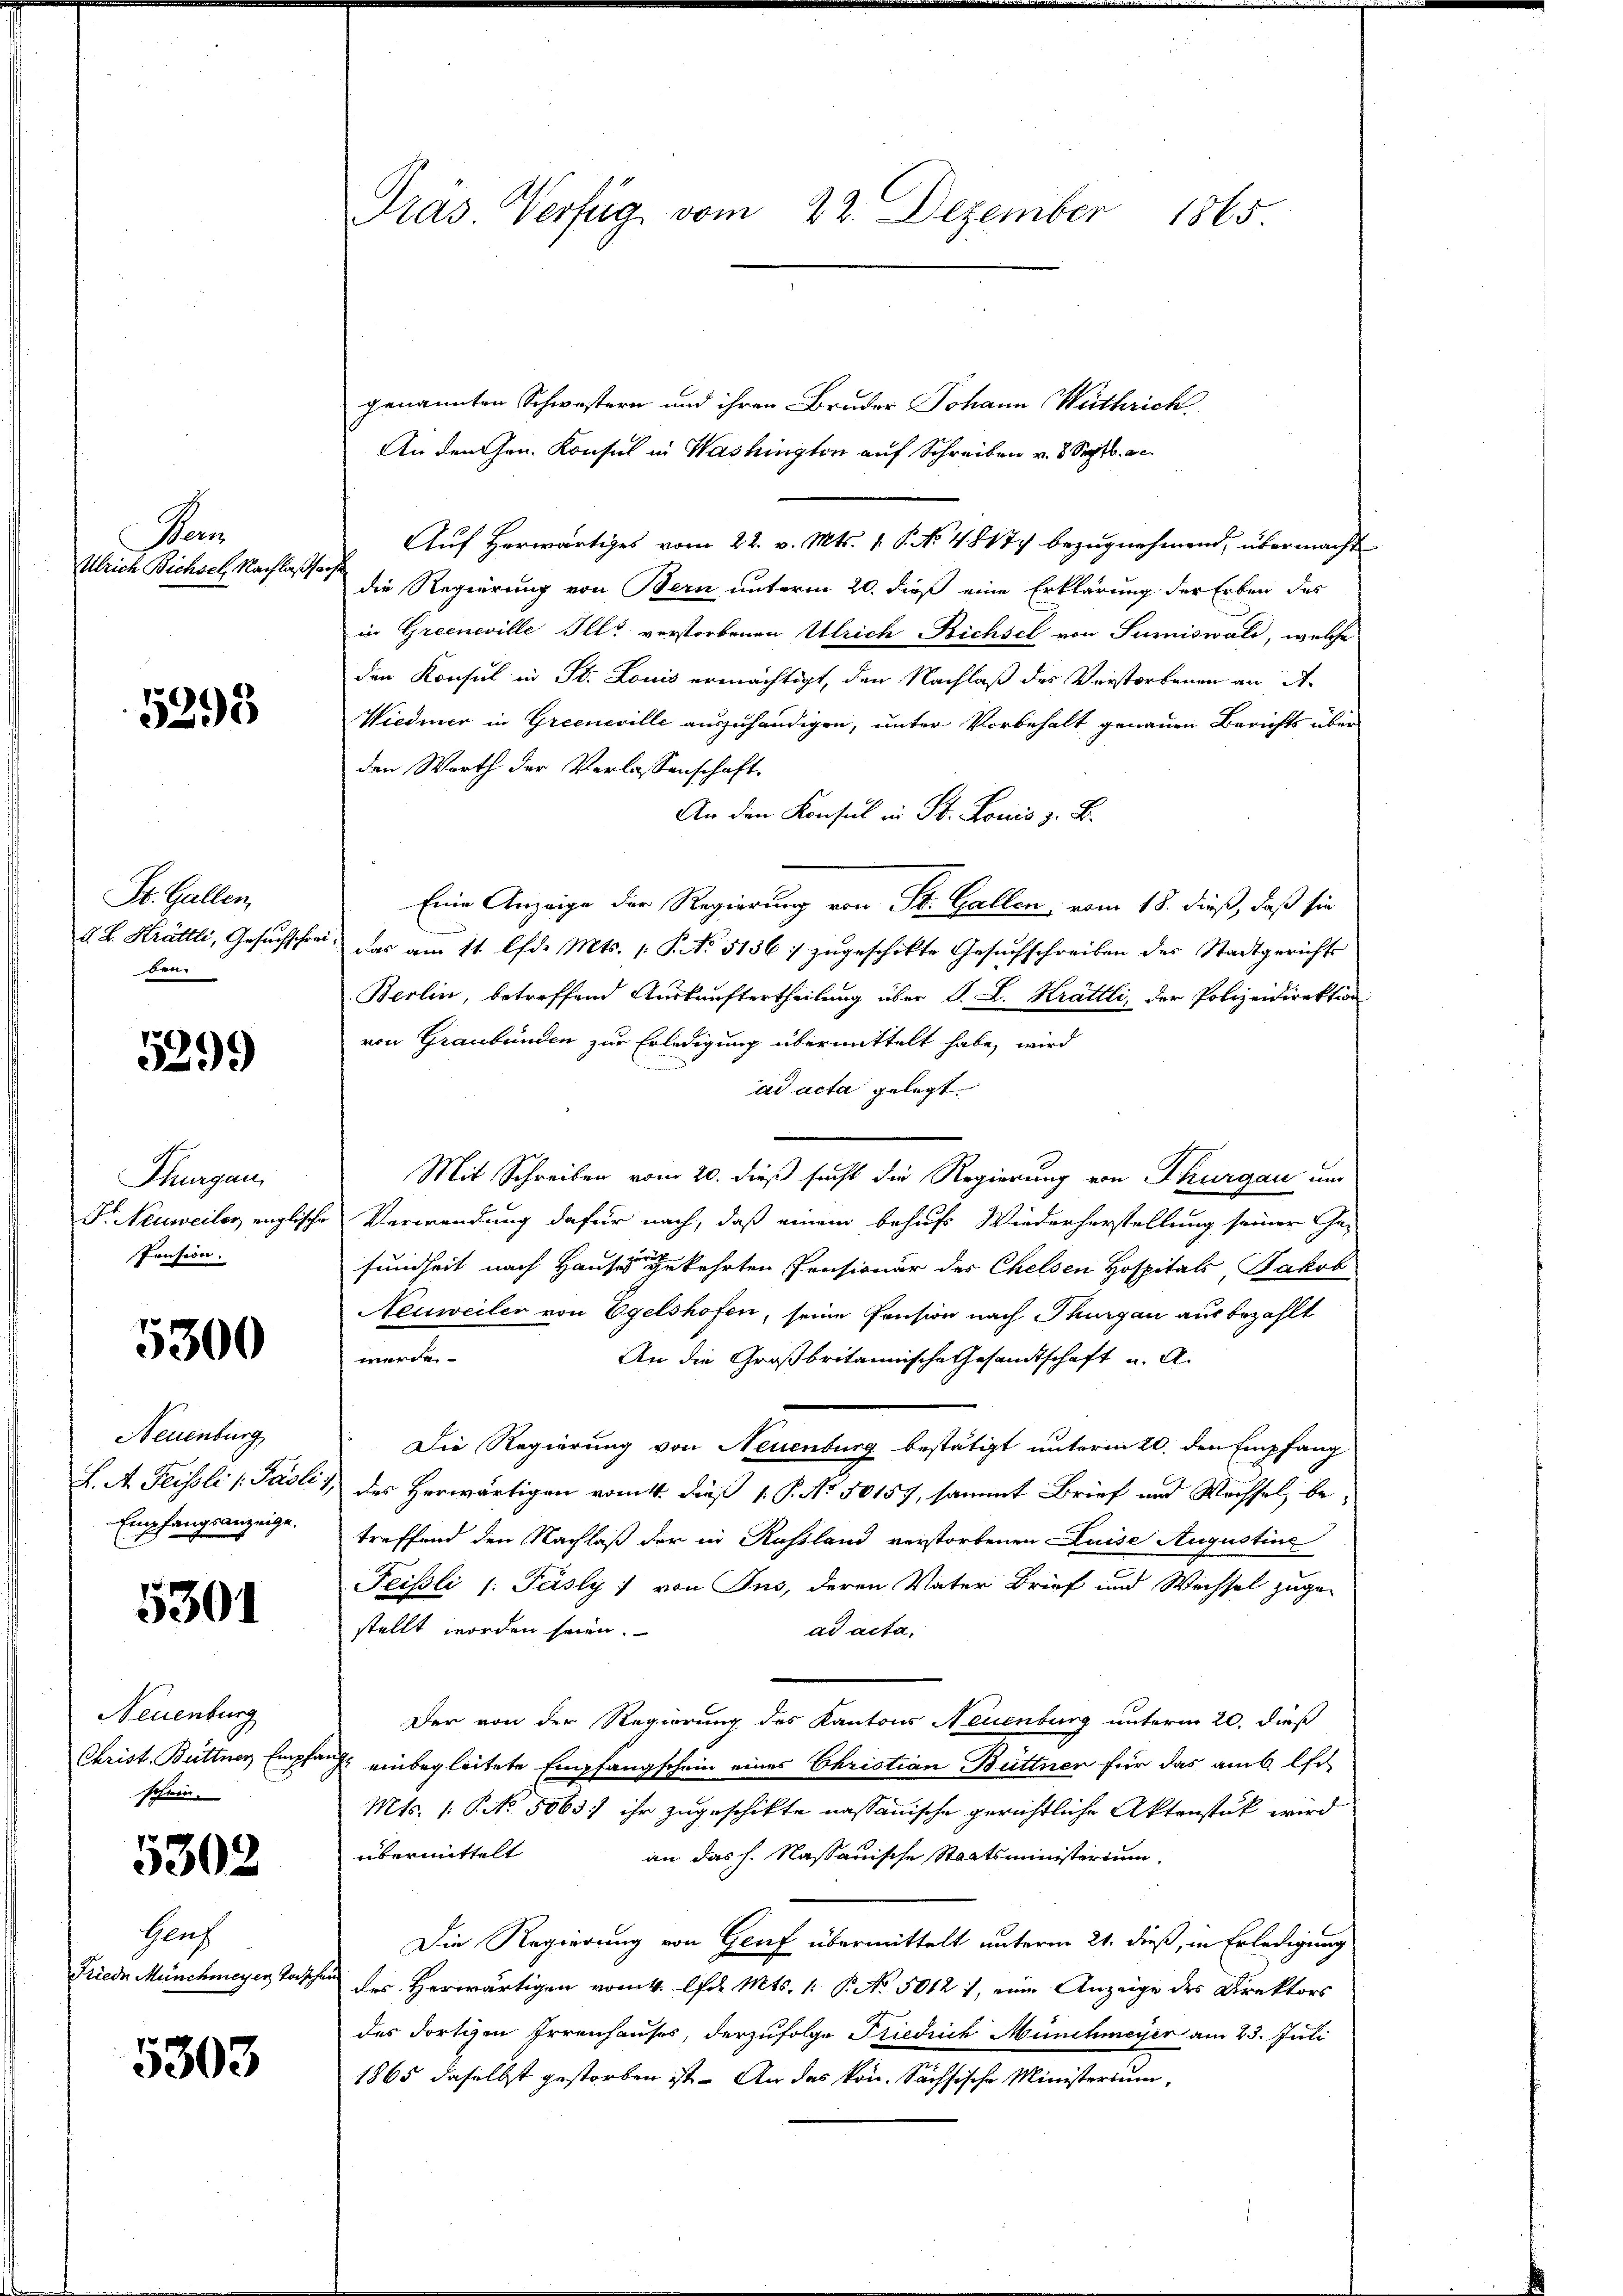
Son
Ulrich Bichsel, Nachlaßsach

5293

St. Gallen.
ben

5299

Thurgau,
Pension.

5300

Neuenburg

5301

Neuenburg
schein.

5302

Glach

5303

genannten Schwestern und ihren Bruder Johann Wirthrich.
An den Gen. Konsul in Washington auf Schreiben v. 8. Septbr. c.
Auf Herwärtiges vom 22. v. Mts. 1. P. No. 4817) bezugnehmend, übermacht
die Regierung von Bern unterm 20. dieß eine Erklärung der Erben des
in Greeneville Ill. verstorbenen Ulrich Bichsel von Sumiswald, welche
den Konsul in St. Louis ermächtigt, den Nachlaß des Verstorbenen an A
Wiedmer in Greeneville auszuhändigen, unter Vorbehalt genauen Berichts über
den Worth der Verlassenschaft.
An den Konsul in St. Louis z. B.
Eine Anzeige der Regierung von St. Gallen vom 18. dieß, daß sie
d. L. Krattli, Gesŭchschrei, das am 11. lfd. Mts. 1. No. 5136: zŭgeschikte Gesŭchschreiben der Stadtgerichts
Berlin, betreffend Auskauftertheilung über J. L. Krättli, der Polizeidirektion
von Graubünden zur Erledigung übermittelt habe, wird
ad acta gelegt.
Mit Schreiben vom 20. dieß sucht die Regierung von Thurgau um
Fr Neuweiler englische Verwendung dafür nach, daß einem behufs Wiederherstellung seiner Ge-
sundheit nach Hauses gekehrten Pensionär des Chelsen Hospitals, Jakob
Neuweiler von Egelshofen, seine Pension nach Thurgau aus bezahlt
werde
An die Großbritannische Gesandtschaft u. A.
Die Regierung von Neuenburg bestätigt unterm 20. den Empfang
L. A. Feissli (Pasli & des Herwärtigen vom 4. dieß 1. P. No. 50157, sammt Brief und Wechsel, be
Empfangsanzeige, treffend den Nachlaß der in Russland verstorbenen Luise Augustine
Feissli (: Päsly) von Jns, deren Vater Brief und Wechsel zuge-
stellt worden seien.
ad acta,
Der von der Regierung des Kantons Neuenburg unterm 20. dieß
Christ. Büttner Empfang einbegleitete Empfangschein eines Christian Büttner für das am 6. Ehe
Mts. 1. No. 5063) ihr zugeschikte nassauische gerichtliche Aktenstück wird
übermittelt
an das h. Nassauische Staatsministerium
Die Regierung von Genf übermittelt unterm 21. dieß, in Erledigung
Friede Münchmeyer, Tasche des Herwärtigen vom 4. Apr. Mts. 1. P. No. 5012 1, eine Anzeige des Direktors
des dortigen Irrenhauses, derzufolge Friedrich Münchmeyer am 23. Juli
1865 daselbst gestorben ist. An das kon. Sächsische Ministerium,

Präs. Verfüg, vom 22. Dezember 1865.